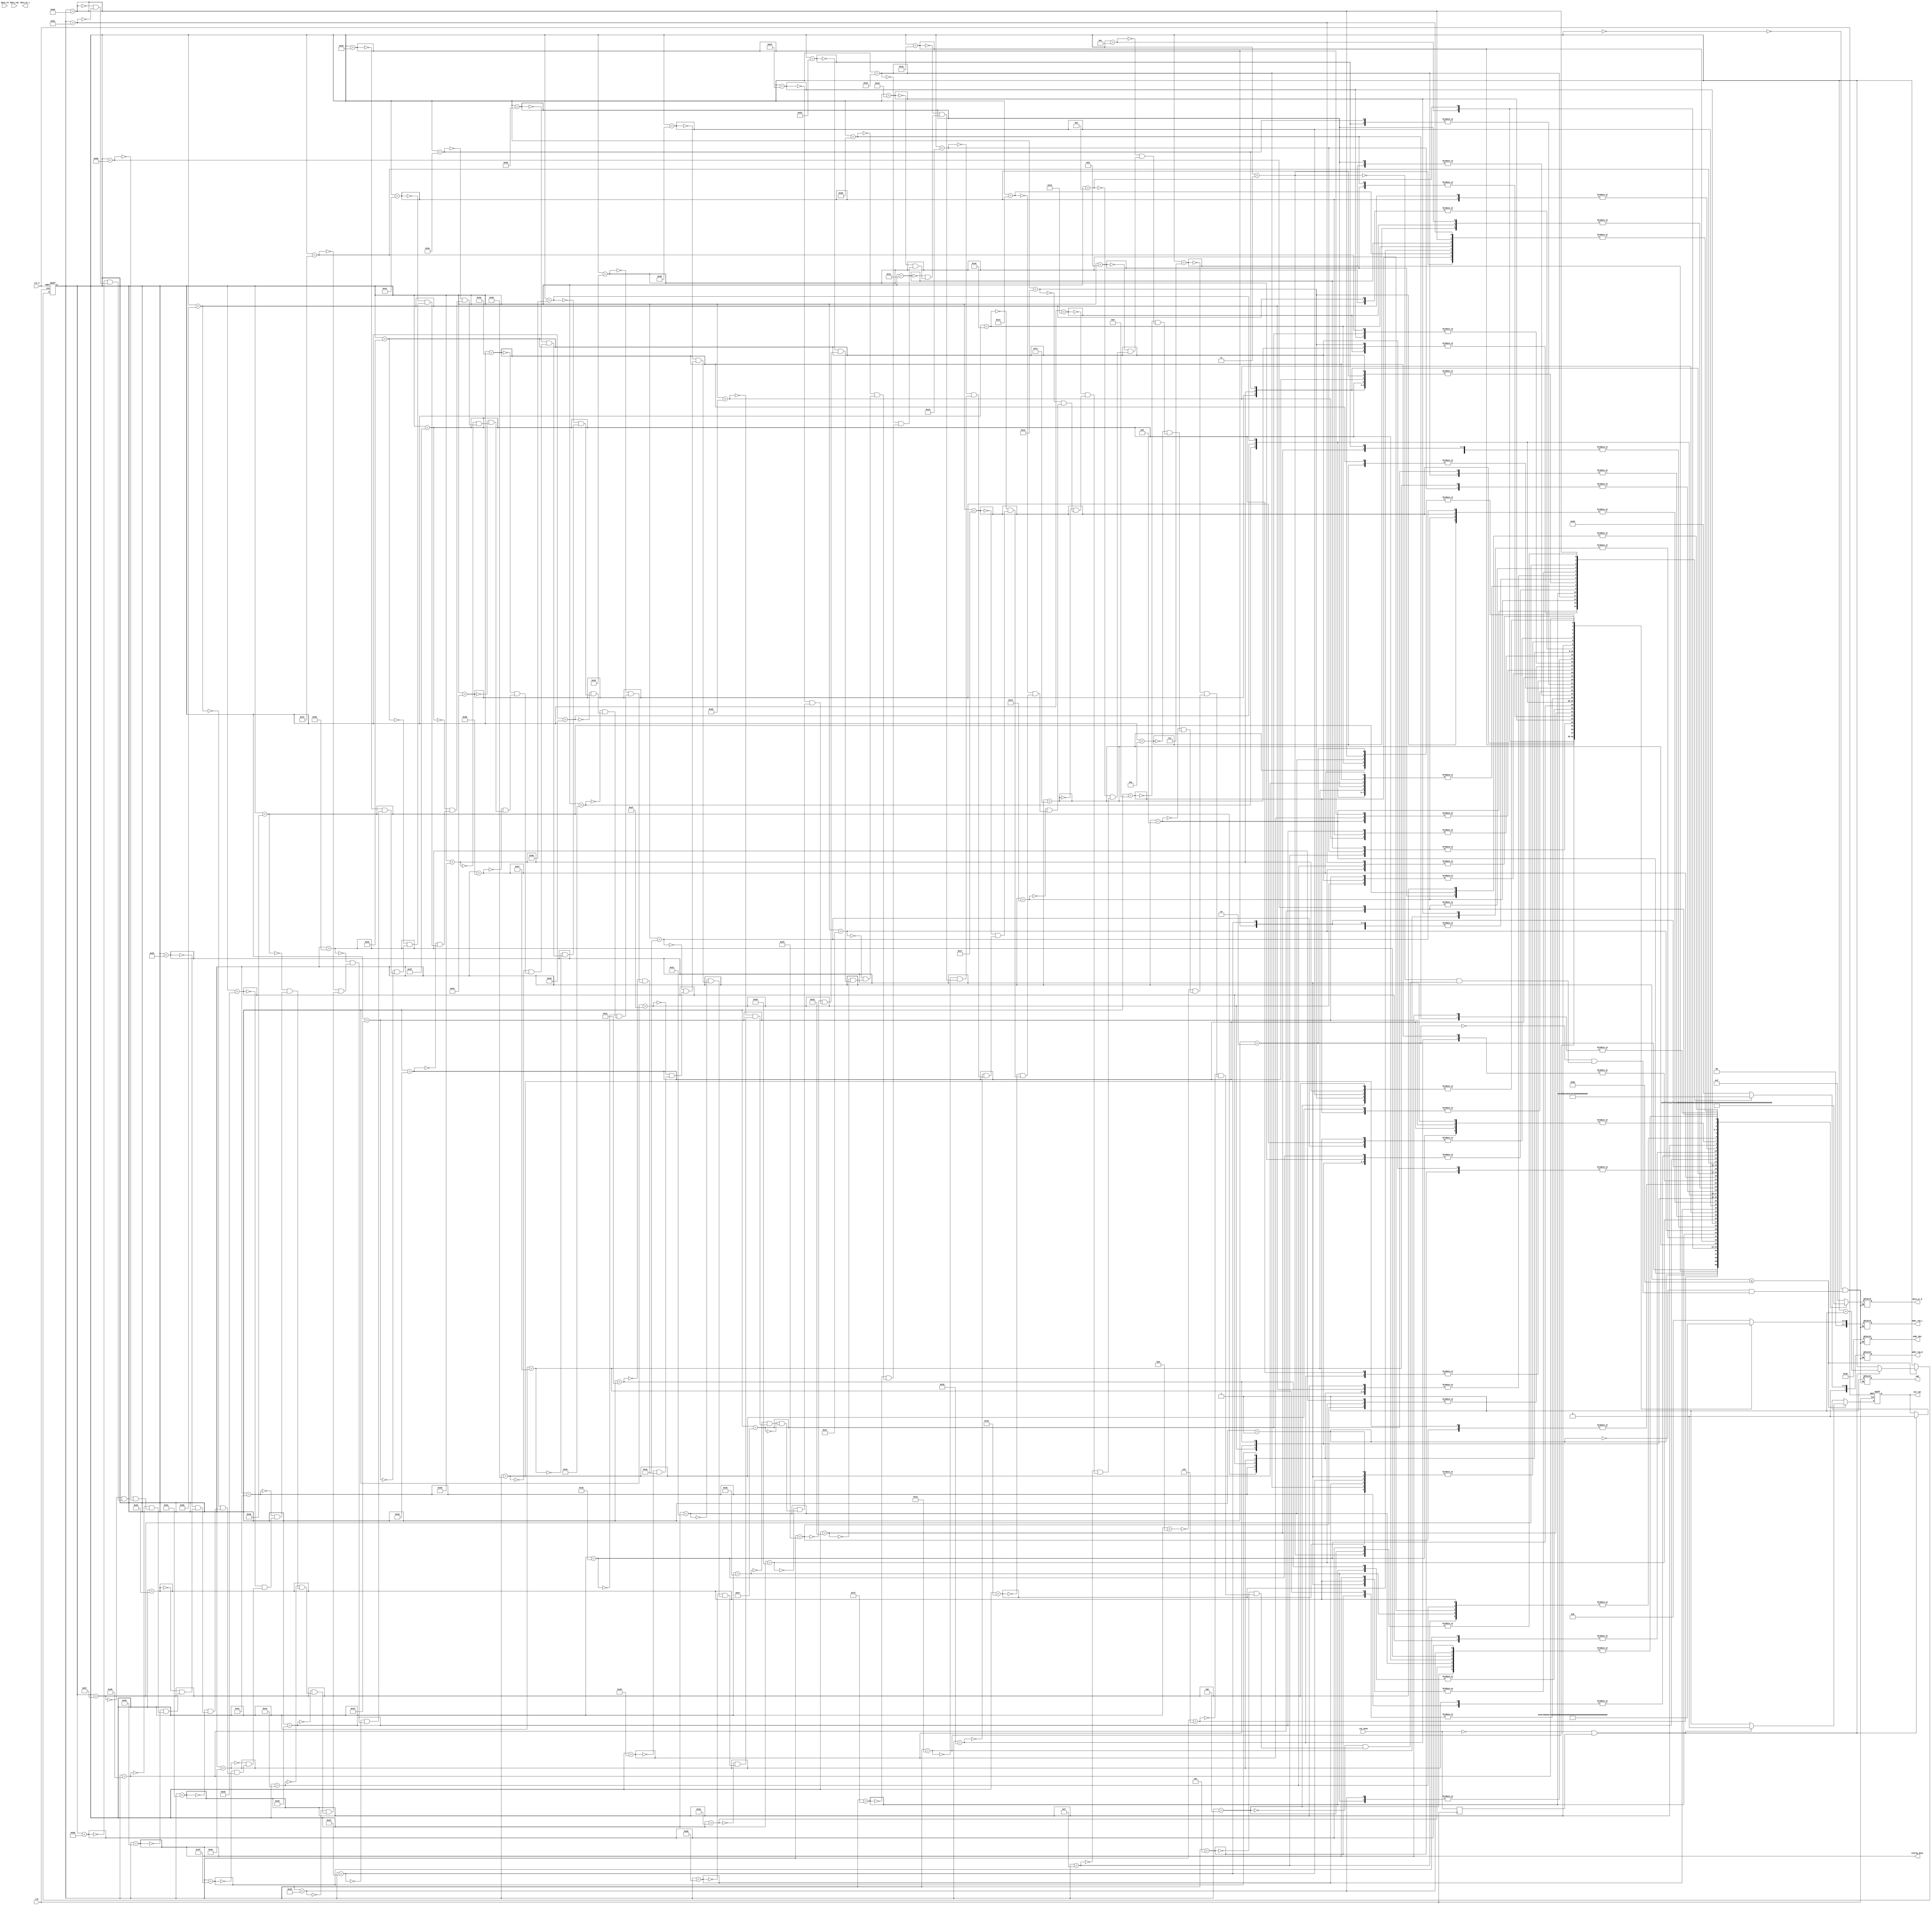
`timescale 1ns / 1ps
module i2c_ctrl (
   input  wire       rst_n      ,
   input  wire       clk        ,
   output wire       config_done,
   output reg        cmd        ,
   output reg  [6:0] addr_dev   ,
   output reg  [7:0] addr_reg_H ,
   output reg  [7:0] addr_reg_L ,
   output reg  [7:0] data_wr_H  ,
   output reg  [7:0] data_wr_L  ,
   input  wire       data_rdy   ,
   input  wire [7:0] data_rd    ,
   input  wire       i2c_done   ,
   output reg        i2c_rqt

   )/* synthesis syn_preserve=1 */
   /* synthesis syn_hier = "hard" */;


   reg               i2c_done_s1;
   reg [11:0]         step_cnt;
   wire              i2c_done_neg;

   
   parameter  
      WRITE= 1,
      READ = 0;

   
   parameter ADDR_SENSOR  =7'h36;

   always@(posedge clk ) i2c_done_s1<=i2c_done;
   assign i2c_done_neg = !i2c_done && i2c_done_s1;
  
   always@(posedge clk or  negedge rst_n) begin
      if(!rst_n) begin
         i2c_rqt <= 0;
         step_cnt<=0;   
      end
      else if ( step_cnt<=91) begin // TBD: how many registers need to be configured.
        if(i2c_done_neg) begin
           step_cnt<=step_cnt+1; 
           i2c_rqt <= 1'b0;
        end
        else
           i2c_rqt <= 1'b1;
      end
      else if (i2c_done_neg)
         i2c_rqt <= 1'b0;
   end
   
assign config_done = (step_cnt==84);

// TBD: how many registers need to be configured. slave_addr=0x20 (write 8-bit) slave_addr=0x21 (read 8-bit)
// i2c write format: start slave_addr ACK reg_addr_byte1 ACK reg_addr_byte2 ACK write_data_byte1 ACK write_data_byte2 ACK stop
   always@(*) begin
         case( step_cnt)
			 // ov5647
			 
			// power on			 
            0:   begin cmd=WRITE; addr_dev=ADDR_SENSOR; addr_reg_H=8'h30; addr_reg_L=8'h00; data_wr_H=8'h0F; end
            1:   begin cmd=WRITE; addr_dev=ADDR_SENSOR; addr_reg_H=8'h30; addr_reg_L=8'h01; data_wr_H=8'hFF; end
            2:   begin cmd=WRITE; addr_dev=ADDR_SENSOR; addr_reg_H=8'h30; addr_reg_L=8'h02; data_wr_H=8'hEF; end

			// 1080p30_10bpp
            3:   begin cmd=WRITE; addr_dev=ADDR_SENSOR; addr_reg_H=8'h01; addr_reg_L=8'h00; data_wr_H=8'h00; end
			4:   begin cmd=WRITE; addr_dev=ADDR_SENSOR; addr_reg_H=8'h01; addr_reg_L=8'h03; data_wr_H=8'h01; end
			5:   begin cmd=WRITE; addr_dev=ADDR_SENSOR; addr_reg_H=8'h30; addr_reg_L=8'h34; data_wr_H=8'h1a; end
			6:   begin cmd=WRITE; addr_dev=ADDR_SENSOR; addr_reg_H=8'h30; addr_reg_L=8'h35; data_wr_H=8'h21; end
			7:   begin cmd=WRITE; addr_dev=ADDR_SENSOR; addr_reg_H=8'h30; addr_reg_L=8'h36; data_wr_H=8'h62; end
			8:   begin cmd=WRITE; addr_dev=ADDR_SENSOR; addr_reg_H=8'h30; addr_reg_L=8'h3c; data_wr_H=8'h11; end
			9:   begin cmd=WRITE; addr_dev=ADDR_SENSOR; addr_reg_H=8'h31; addr_reg_L=8'h06; data_wr_H=8'hf5; end
			10:  begin cmd=WRITE; addr_dev=ADDR_SENSOR; addr_reg_H=8'h38; addr_reg_L=8'h21; data_wr_H=8'h06; end
			11:  begin cmd=WRITE; addr_dev=ADDR_SENSOR; addr_reg_H=8'h38; addr_reg_L=8'h20; data_wr_H=8'h00; end
			12:  begin cmd=WRITE; addr_dev=ADDR_SENSOR; addr_reg_H=8'h38; addr_reg_L=8'h27; data_wr_H=8'hec; end
			13:  begin cmd=WRITE; addr_dev=ADDR_SENSOR; addr_reg_H=8'h37; addr_reg_L=8'h0c; data_wr_H=8'h03; end
			14:  begin cmd=WRITE; addr_dev=ADDR_SENSOR; addr_reg_H=8'h36; addr_reg_L=8'h12; data_wr_H=8'h5b; end
			15:  begin cmd=WRITE; addr_dev=ADDR_SENSOR; addr_reg_H=8'h36; addr_reg_L=8'h18; data_wr_H=8'h04; end
			16:  begin cmd=WRITE; addr_dev=ADDR_SENSOR; addr_reg_H=8'h50; addr_reg_L=8'h00; data_wr_H=8'h06; end
			17:  begin cmd=WRITE; addr_dev=ADDR_SENSOR; addr_reg_H=8'h50; addr_reg_L=8'h02; data_wr_H=8'h41; end
			18:  begin cmd=WRITE; addr_dev=ADDR_SENSOR; addr_reg_H=8'h50; addr_reg_L=8'h03; data_wr_H=8'h08; end
			19:  begin cmd=WRITE; addr_dev=ADDR_SENSOR; addr_reg_H=8'h5a; addr_reg_L=8'h00; data_wr_H=8'h08; end
			20:  begin cmd=WRITE; addr_dev=ADDR_SENSOR; addr_reg_H=8'h30; addr_reg_L=8'h00; data_wr_H=8'h00; end
			21:  begin cmd=WRITE; addr_dev=ADDR_SENSOR; addr_reg_H=8'h30; addr_reg_L=8'h01; data_wr_H=8'h00; end
			22:  begin cmd=WRITE; addr_dev=ADDR_SENSOR; addr_reg_H=8'h30; addr_reg_L=8'h02; data_wr_H=8'h00; end
			23:  begin cmd=WRITE; addr_dev=ADDR_SENSOR; addr_reg_H=8'h30; addr_reg_L=8'h16; data_wr_H=8'h08; end
			24:  begin cmd=WRITE; addr_dev=ADDR_SENSOR; addr_reg_H=8'h30; addr_reg_L=8'h17; data_wr_H=8'he0; end
			25:  begin cmd=WRITE; addr_dev=ADDR_SENSOR; addr_reg_H=8'h30; addr_reg_L=8'h18; data_wr_H=8'h44; end
			26:  begin cmd=WRITE; addr_dev=ADDR_SENSOR; addr_reg_H=8'h30; addr_reg_L=8'h1c; data_wr_H=8'hf8; end
			27:  begin cmd=WRITE; addr_dev=ADDR_SENSOR; addr_reg_H=8'h30; addr_reg_L=8'h1d; data_wr_H=8'hf0; end
			28:  begin cmd=WRITE; addr_dev=ADDR_SENSOR; addr_reg_H=8'h3a; addr_reg_L=8'h18; data_wr_H=8'h00; end
			29:  begin cmd=WRITE; addr_dev=ADDR_SENSOR; addr_reg_H=8'h3a; addr_reg_L=8'h19; data_wr_H=8'hf8; end
			30:  begin cmd=WRITE; addr_dev=ADDR_SENSOR; addr_reg_H=8'h3c; addr_reg_L=8'h01; data_wr_H=8'h80; end
			31:  begin cmd=WRITE; addr_dev=ADDR_SENSOR; addr_reg_H=8'h3b; addr_reg_L=8'h07; data_wr_H=8'h0c; end
			32:  begin cmd=WRITE; addr_dev=ADDR_SENSOR; addr_reg_H=8'h38; addr_reg_L=8'h0c; data_wr_H=8'h09; end
			33:  begin cmd=WRITE; addr_dev=ADDR_SENSOR; addr_reg_H=8'h38; addr_reg_L=8'h0d; data_wr_H=8'h70; end
			34:  begin cmd=WRITE; addr_dev=ADDR_SENSOR; addr_reg_H=8'h38; addr_reg_L=8'h14; data_wr_H=8'h11; end
			35:  begin cmd=WRITE; addr_dev=ADDR_SENSOR; addr_reg_H=8'h38; addr_reg_L=8'h15; data_wr_H=8'h11; end
			36:  begin cmd=WRITE; addr_dev=ADDR_SENSOR; addr_reg_H=8'h37; addr_reg_L=8'h08; data_wr_H=8'h64; end
			37:  begin cmd=WRITE; addr_dev=ADDR_SENSOR; addr_reg_H=8'h37; addr_reg_L=8'h09; data_wr_H=8'h12; end
			38:  begin cmd=WRITE; addr_dev=ADDR_SENSOR; addr_reg_H=8'h38; addr_reg_L=8'h08; data_wr_H=8'h07; end
			39:  begin cmd=WRITE; addr_dev=ADDR_SENSOR; addr_reg_H=8'h38; addr_reg_L=8'h09; data_wr_H=8'h80; end
			40:  begin cmd=WRITE; addr_dev=ADDR_SENSOR; addr_reg_H=8'h38; addr_reg_L=8'h0a; data_wr_H=8'h04; end
			41:  begin cmd=WRITE; addr_dev=ADDR_SENSOR; addr_reg_H=8'h38; addr_reg_L=8'h0b; data_wr_H=8'h38; end
			42:  begin cmd=WRITE; addr_dev=ADDR_SENSOR; addr_reg_H=8'h38; addr_reg_L=8'h00; data_wr_H=8'h01; end
			43:  begin cmd=WRITE; addr_dev=ADDR_SENSOR; addr_reg_H=8'h38; addr_reg_L=8'h01; data_wr_H=8'h5c; end
			44:  begin cmd=WRITE; addr_dev=ADDR_SENSOR; addr_reg_H=8'h38; addr_reg_L=8'h02; data_wr_H=8'h01; end
			45:  begin cmd=WRITE; addr_dev=ADDR_SENSOR; addr_reg_H=8'h38; addr_reg_L=8'h03; data_wr_H=8'hb2; end
			46:  begin cmd=WRITE; addr_dev=ADDR_SENSOR; addr_reg_H=8'h38; addr_reg_L=8'h04; data_wr_H=8'h08; end
			47:  begin cmd=WRITE; addr_dev=ADDR_SENSOR; addr_reg_H=8'h38; addr_reg_L=8'h05; data_wr_H=8'he3; end
			48:  begin cmd=WRITE; addr_dev=ADDR_SENSOR; addr_reg_H=8'h38; addr_reg_L=8'h06; data_wr_H=8'h05; end
			49:  begin cmd=WRITE; addr_dev=ADDR_SENSOR; addr_reg_H=8'h38; addr_reg_L=8'h07; data_wr_H=8'hf1; end
			50:  begin cmd=WRITE; addr_dev=ADDR_SENSOR; addr_reg_H=8'h38; addr_reg_L=8'h11; data_wr_H=8'h04; end
			51:  begin cmd=WRITE; addr_dev=ADDR_SENSOR; addr_reg_H=8'h38; addr_reg_L=8'h13; data_wr_H=8'h02; end
			52:  begin cmd=WRITE; addr_dev=ADDR_SENSOR; addr_reg_H=8'h36; addr_reg_L=8'h30; data_wr_H=8'h2e; end
			53:  begin cmd=WRITE; addr_dev=ADDR_SENSOR; addr_reg_H=8'h36; addr_reg_L=8'h32; data_wr_H=8'he2; end
			54:  begin cmd=WRITE; addr_dev=ADDR_SENSOR; addr_reg_H=8'h36; addr_reg_L=8'h33; data_wr_H=8'h23; end
			55:  begin cmd=WRITE; addr_dev=ADDR_SENSOR; addr_reg_H=8'h36; addr_reg_L=8'h34; data_wr_H=8'h44; end
			56:  begin cmd=WRITE; addr_dev=ADDR_SENSOR; addr_reg_H=8'h36; addr_reg_L=8'h36; data_wr_H=8'h06; end
			57:  begin cmd=WRITE; addr_dev=ADDR_SENSOR; addr_reg_H=8'h36; addr_reg_L=8'h20; data_wr_H=8'h64; end
			58:  begin cmd=WRITE; addr_dev=ADDR_SENSOR; addr_reg_H=8'h36; addr_reg_L=8'h21; data_wr_H=8'he0; end
			59:  begin cmd=WRITE; addr_dev=ADDR_SENSOR; addr_reg_H=8'h36; addr_reg_L=8'h00; data_wr_H=8'h37; end
			60:  begin cmd=WRITE; addr_dev=ADDR_SENSOR; addr_reg_H=8'h37; addr_reg_L=8'h04; data_wr_H=8'ha0; end
			61:  begin cmd=WRITE; addr_dev=ADDR_SENSOR; addr_reg_H=8'h37; addr_reg_L=8'h03; data_wr_H=8'h5a; end
			62:  begin cmd=WRITE; addr_dev=ADDR_SENSOR; addr_reg_H=8'h37; addr_reg_L=8'h15; data_wr_H=8'h78; end
			63:  begin cmd=WRITE; addr_dev=ADDR_SENSOR; addr_reg_H=8'h37; addr_reg_L=8'h17; data_wr_H=8'h01; end
			64:  begin cmd=WRITE; addr_dev=ADDR_SENSOR; addr_reg_H=8'h37; addr_reg_L=8'h31; data_wr_H=8'h02; end
			65:  begin cmd=WRITE; addr_dev=ADDR_SENSOR; addr_reg_H=8'h37; addr_reg_L=8'h0b; data_wr_H=8'h60; end
			66:  begin cmd=WRITE; addr_dev=ADDR_SENSOR; addr_reg_H=8'h37; addr_reg_L=8'h05; data_wr_H=8'h1a; end
			67:  begin cmd=WRITE; addr_dev=ADDR_SENSOR; addr_reg_H=8'h3f; addr_reg_L=8'h05; data_wr_H=8'h02; end
			68:  begin cmd=WRITE; addr_dev=ADDR_SENSOR; addr_reg_H=8'h3f; addr_reg_L=8'h06; data_wr_H=8'h10; end
			69:  begin cmd=WRITE; addr_dev=ADDR_SENSOR; addr_reg_H=8'h3f; addr_reg_L=8'h01; data_wr_H=8'h0a; end
			70:  begin cmd=WRITE; addr_dev=ADDR_SENSOR; addr_reg_H=8'h3a; addr_reg_L=8'h08; data_wr_H=8'h01; end
			71:  begin cmd=WRITE; addr_dev=ADDR_SENSOR; addr_reg_H=8'h3a; addr_reg_L=8'h09; data_wr_H=8'h4b; end
			72:  begin cmd=WRITE; addr_dev=ADDR_SENSOR; addr_reg_H=8'h3a; addr_reg_L=8'h0a; data_wr_H=8'h01; end
			73:  begin cmd=WRITE; addr_dev=ADDR_SENSOR; addr_reg_H=8'h3a; addr_reg_L=8'h0b; data_wr_H=8'h13; end
			74:  begin cmd=WRITE; addr_dev=ADDR_SENSOR; addr_reg_H=8'h3a; addr_reg_L=8'h0d; data_wr_H=8'h04; end
			75:  begin cmd=WRITE; addr_dev=ADDR_SENSOR; addr_reg_H=8'h3a; addr_reg_L=8'h0e; data_wr_H=8'h03; end
			76:  begin cmd=WRITE; addr_dev=ADDR_SENSOR; addr_reg_H=8'h3a; addr_reg_L=8'h0f; data_wr_H=8'h58; end
			77:  begin cmd=WRITE; addr_dev=ADDR_SENSOR; addr_reg_H=8'h3a; addr_reg_L=8'h10; data_wr_H=8'h50; end
			78:  begin cmd=WRITE; addr_dev=ADDR_SENSOR; addr_reg_H=8'h3a; addr_reg_L=8'h1b; data_wr_H=8'h58; end
			79:  begin cmd=WRITE; addr_dev=ADDR_SENSOR; addr_reg_H=8'h3a; addr_reg_L=8'h1e; data_wr_H=8'h50; end
			80:  begin cmd=WRITE; addr_dev=ADDR_SENSOR; addr_reg_H=8'h3a; addr_reg_L=8'h11; data_wr_H=8'h60; end
			81:  begin cmd=WRITE; addr_dev=ADDR_SENSOR; addr_reg_H=8'h3a; addr_reg_L=8'h1f; data_wr_H=8'h28; end
			82:  begin cmd=WRITE; addr_dev=ADDR_SENSOR; addr_reg_H=8'h40; addr_reg_L=8'h01; data_wr_H=8'h02; end
			83:  begin cmd=WRITE; addr_dev=ADDR_SENSOR; addr_reg_H=8'h40; addr_reg_L=8'h04; data_wr_H=8'h04; end
			84:  begin cmd=WRITE; addr_dev=ADDR_SENSOR; addr_reg_H=8'h40; addr_reg_L=8'h00; data_wr_H=8'h09; end
			85:  begin cmd=WRITE; addr_dev=ADDR_SENSOR; addr_reg_H=8'h48; addr_reg_L=8'h37; data_wr_H=8'h19; end
			86:  begin cmd=WRITE; addr_dev=ADDR_SENSOR; addr_reg_H=8'h48; addr_reg_L=8'h00; data_wr_H=8'h34; end
			87:  begin cmd=WRITE; addr_dev=ADDR_SENSOR; addr_reg_H=8'h35; addr_reg_L=8'h03; data_wr_H=8'h03; end
			88:  begin cmd=WRITE; addr_dev=ADDR_SENSOR; addr_reg_H=8'h01; addr_reg_L=8'h00; data_wr_H=8'h01; end

			// stream on
			89:  begin cmd=WRITE; addr_dev=ADDR_SENSOR; addr_reg_H=8'h42; addr_reg_L=8'h02; data_wr_H=8'h00; end
			90:  begin cmd=WRITE; addr_dev=ADDR_SENSOR; addr_reg_H=8'h30; addr_reg_L=8'h0d; data_wr_H=8'h00; end
						
            default:  begin ;end    
         endcase


   end                                                                                                      
                                                                                                            
                                                                                                            
endmodule